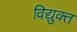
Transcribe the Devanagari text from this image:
विद्युक्त